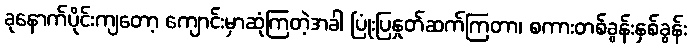
ခုနောက်ပိုင်းကျတော့ ကျောင်းမှာဆုံကြတဲ့အခါ ပြုံးပြနှုတ်ဆက်ကြတာ၊ စကားတစ်ခွန်းနှစ်ခွန်း